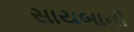
સાયબાની